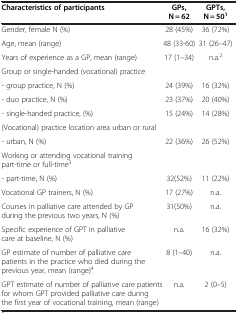
| Characteristics of participants | GPs, N = 62 | GPTs, N = 501 |
 | --- | --- | --- |
 | Gender, female N (%) | 28 (45%) | 36 (72%) |
 | Age, mean (range) | 48 (33-60) | 31 (26–47) |
 | Years of experience as a GP, mean (range) | 17 (1–34) | n.a.2 |
 | Group or single-handed (vocational) practice |  |  |
 | - group practice, N (%) | 24 (39%) | 16 (32%) |
 | - duo practice, N (%) | 23 (37%) | 20 (40%) |
 | - single-handed practice, (%) | 15 (24%) | 14 (28%) |
 | (Vocational) practice location area urban or rural |  |  |
 | - urban, N (%) | 22 (36%) | 26 (52%) |
 | Working or attending vocational training part-time or full-time3 |  |  |
 | - part-time, N (%) | 32(52%) | 11 (22%) |
 | Vocational GP trainers, N (%) | 17 (27%) | n.a. |
 | Courses in palliative care attended by GP during the previous two years, N (%) | 31(50%) | n.a. |
 | Specific experience of GPT in palliative care at baseline, N (%) | n.a. | 16 (32%) |
 | GP estimate of number of palliative care patients in the practice who died during the previous year, mean (range)4 | 8 (1–40) | n.a. |
 | GPT estimate of number of palliative care patients for whom GPT provided palliative care during the first year of vocational training, mean (range) | n.a. | 2 (0–5) |